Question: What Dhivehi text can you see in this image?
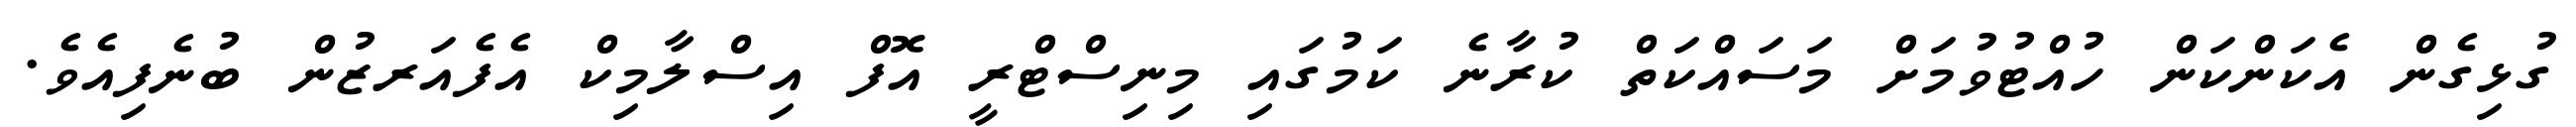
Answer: ގުޅިގެން އެކަންކަން ހުއްޓުވުމަށް މަސައްކަތް ކުރާނެ ކަމުގައި މިނިސްޓްރީ އޮފް އިސްލާމިކް އެފެއަރޒުން ބުނެފިއެވެ.